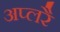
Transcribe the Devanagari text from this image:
अप्लरै